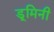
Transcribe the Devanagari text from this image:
डूमिनी